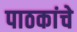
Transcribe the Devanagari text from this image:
पाठकांचे